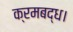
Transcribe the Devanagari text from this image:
क्रमबद्ध।